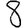
Digit: 8